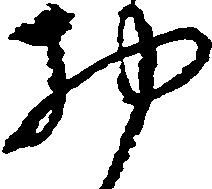
物